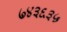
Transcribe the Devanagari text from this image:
७४३६३५